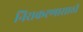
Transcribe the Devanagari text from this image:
निराकरणासाठी